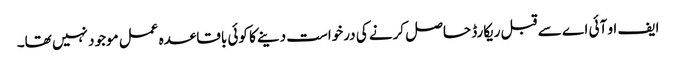
ایف او آئی اے سے قبل ریکارڈ حاصل کرنے کی درخواست دینے کا کوئی باقاعدہ عمل موجود نہیں تھا۔